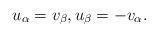
LaTeX: \begin{align*}u_\alpha = v_\beta,u_\beta = -v_\alpha.\end{align*}